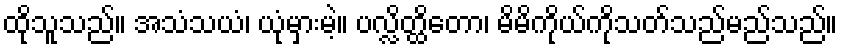
ထိုသူသည်။ အသံသယံ၊ ယုံမှားမဲ့။ ပလ္လိတ္ထိတော၊ မိမိကိုယ်ကိုသတ်သည်မည်သည်။